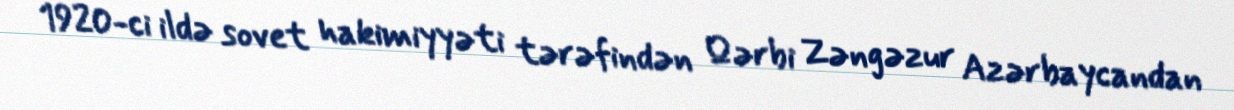
1920-ci ildə sovet hakimiyyəti tərəfindən Qərbi Zəngəzur Azərbaycandan